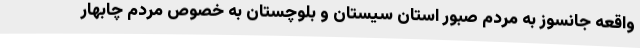
واقعه جانسوز به مردم صبور استان سیستان و بلوچستان به خصوص مردم چابهار